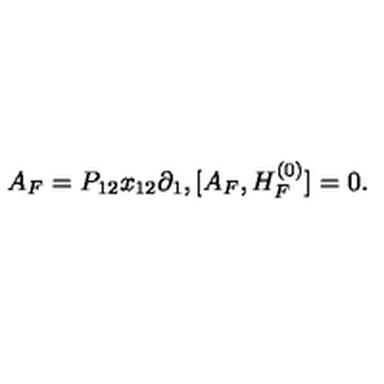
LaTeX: A _ { F } = P _ { 1 2 } x _ { 1 2 } \partial _ { 1 } , [ A _ { F } , H _ { F } ^ { ( 0 ) } ] = 0 .